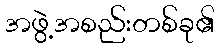
အဖွဲ့အစည်းတစ်ခု၏